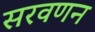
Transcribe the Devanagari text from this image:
सरवणन